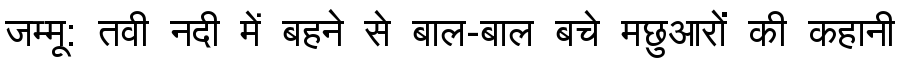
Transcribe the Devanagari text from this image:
जम्मू: तवी नदी में बहने से बाल-बाल बचे मछुआरों की कहानी